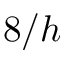
8 / h